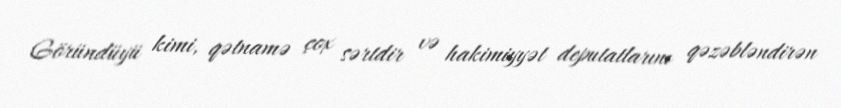
Göründüyü kimi, qətnamə çox sərtdir və hakimiyyət deputatlarını qəzəbləndirən